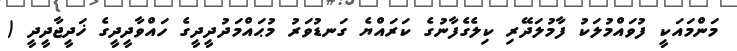
މަންމައަކީ ފުވައްމުލަކު ފާމުލަދޭރި ކިލެގެފާނުގެ ކަރައްޔެ ގަނޑުވަރު މުޙައްމަދުދީދީގެ ހައްވާދީދީގެ ޚަދީޖާދީދީ (